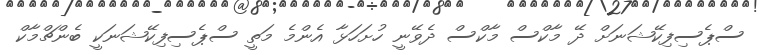
ސްޕެސިފިކޭޝަނަށް ދޭ މާކްސް މާކްސް ދެވޭނީ ހުށަހަޅާ އެންމެ މަތީ ސްޕެސިފިކޭޝަނަކީ ބެންޗްމާކް